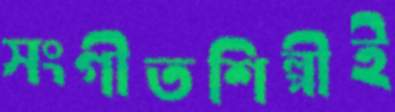
সংগীতশিল্পীই